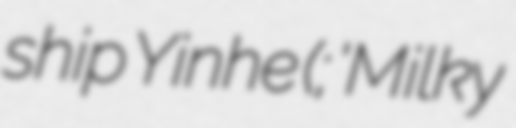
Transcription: ship Yinhe (银河; 'Milky